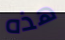
هذه